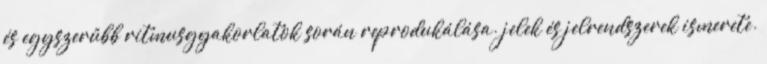
és egyszerűbb ritmusgyakorlatok során reprodukálása. jelek és jelrendszerek ismerete.